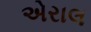
એરાલ